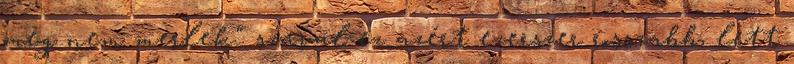
meg nem merlek". szaval ez azért ezerszer rosszabb, lett